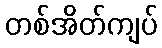
တစ်အိတ်ကျပ်